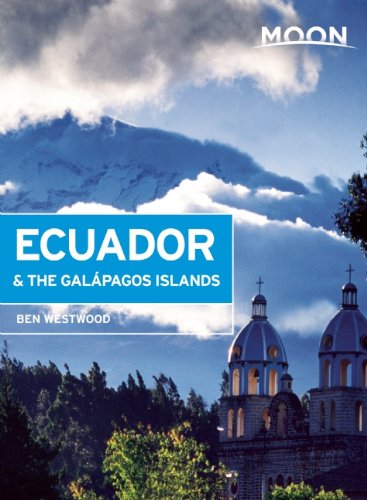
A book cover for Moon Ecuador & the GalÃ¡pagos Islands (Moon Handbooks); Ben Westwood; Travel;